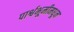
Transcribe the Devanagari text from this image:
पार्श्वभूमीमधून